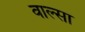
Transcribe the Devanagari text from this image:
वाल्सा